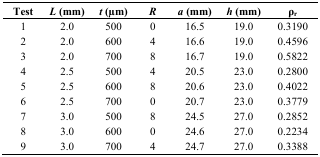
<table><thead><tr><td><b>Test</b></td><td><b><i>L</i> (mm)</b></td><td><b><i>t</i> (μm)</b></td><td><b><i>R</i></b></td><td><b><i>a</i> (mm)</b></td><td><b><i>h</i> (mm)</b></td><td><b>ρ<sub>r</sub></b></td></tr></thead><tbody><tr><td>1</td><td>2.0</td><td>500</td><td>0</td><td>16.5</td><td>19.0</td><td>0.3190</td></tr><tr><td>2</td><td>2.0</td><td>600</td><td>4</td><td>16.6</td><td>19.0</td><td>0.4596</td></tr><tr><td>3</td><td>2.0</td><td>700</td><td>8</td><td>16.7</td><td>19.0</td><td>0.5822</td></tr><tr><td>4</td><td>2.5</td><td>500</td><td>4</td><td>20.5</td><td>23.0</td><td>0.2800</td></tr><tr><td>5</td><td>2.5</td><td>600</td><td>8</td><td>20.6</td><td>23.0</td><td>0.4022</td></tr><tr><td>6</td><td>2.5</td><td>700</td><td>0</td><td>20.7</td><td>23.0</td><td>0.3779</td></tr><tr><td>7</td><td>3.0</td><td>500</td><td>8</td><td>24.5</td><td>27.0</td><td>0.2852</td></tr><tr><td>8</td><td>3.0</td><td>600</td><td>0</td><td>24.6</td><td>27.0</td><td>0.2234</td></tr><tr><td>9</td><td>3.0</td><td>700</td><td>4</td><td>24.7</td><td>27.0</td><td>0.3388</td></tr></tbody></table>